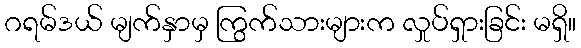
ဂရမ်ဒယ် မျက်နှာမှ ကြွက်သားများက လှုပ်ရှားခြင်း မရှိ။